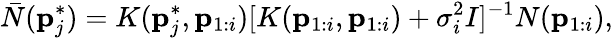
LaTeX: \bar{N}(\mathbf{p}_{j}^{*})=K(\mathbf{p}_{j}^{*},\mathbf{p}_{1:i})[K(\mathbf{p}_{1:i},\mathbf{p}_{1:i})+\sigma_{i}^{2}I]^{-1}N(\mathbf{p}_{1:i}),